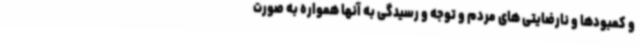
و کمبودها و نارضایتی های مردم و توجه و رسیدگی به آنها همواره به صورت